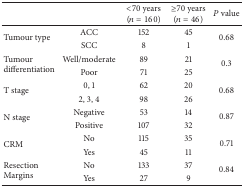
<table><thead><tr><td><b> </b></td><td><b> </b></td><td><b>&lt;70 years (<i>n</i> = 160)</b></td><td><b>≥70 years (<i>n</i> = 46)</b></td><td><b><i>P</i> value</b></td></tr></thead><tbody><tr><td rowspan="2">Tumour type</td><td>ACC</td><td>152</td><td>45</td><td rowspan="2">0.68</td></tr><tr><td>SCC</td><td>8</td><td>1</td></tr><tr><td rowspan="2">Tumour differentiation</td><td>Well/moderate</td><td>89</td><td>21</td><td rowspan="2">0.3</td></tr><tr><td>Poor</td><td>71</td><td>25</td></tr><tr><td rowspan="2">T stage</td><td>0, 1</td><td>62</td><td>20</td><td rowspan="2">0.68</td></tr><tr><td>2, 3, 4</td><td>98</td><td>26</td></tr><tr><td rowspan="2">N stage</td><td>Negative</td><td>53</td><td>14</td><td rowspan="2">0.87</td></tr><tr><td>Positive</td><td>107</td><td>32</td></tr><tr><td rowspan="2">CRM</td><td>No</td><td>115</td><td>35</td><td rowspan="2">0.71</td></tr><tr><td>Yes</td><td>45</td><td>11</td></tr><tr><td rowspan="2">Resection Margins</td><td>No</td><td>133</td><td>37</td><td rowspan="2">0.84</td></tr><tr><td>Yes</td><td>27</td><td>9</td></tr></tbody></table>